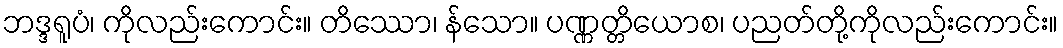
ဘဒ္ဒရူပံ၊ ကိုလည်းကောင်း။ တိဿော၊ န်သော။ ပဏ္ဏတ္တိယောစ၊ ပညတ်တို့ကိုလည်းကောင်း။